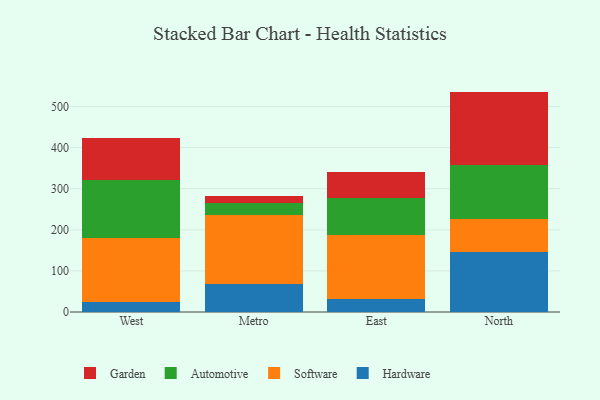
{"axis": {"x": "Region", "y": "Population (Million)"}, "legend": ["Automotive", "Garden", "Hardware", "Software"], "data": [{"x": "West", "y": 25.2, "type": "Hardware"}, {"x": "West", "y": 154.0, "type": "Software"}, {"x": "West", "y": 141.6, "type": "Automotive"}, {"x": "West", "y": 102.7, "type": "Garden"}, {"x": "Metro", "y": 68.2, "type": "Hardware"}, {"x": "Metro", "y": 168.7, "type": "Software"}, {"x": "Metro", "y": 29.3, "type": "Automotive"}, {"x": "Metro", "y": 17.3, "type": "Garden"}, {"x": "East", "y": 31.5, "type": "Hardware"}, {"x": "East", "y": 156.8, "type": "Software"}, {"x": "East", "y": 89.9, "type": "Automotive"}, {"x": "East", "y": 61.8, "type": "Garden"}, {"x": "North", "y": 146.6, "type": "Hardware"}, {"x": "North", "y": 79.7, "type": "Software"}, {"x": "North", "y": 132.6, "type": "Automotive"}, {"x": "North", "y": 177.5, "type": "Garden"}]}